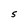
Character: S